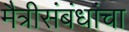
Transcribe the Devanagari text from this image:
मैत्रीसंबंधांचा